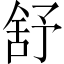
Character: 舒